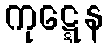
ကုဋ္ဋေန